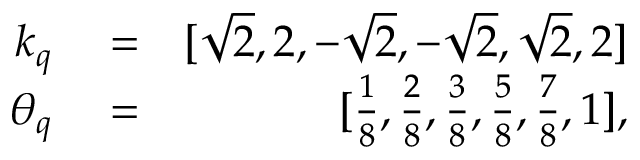
\begin{array} { r l r } { k _ { q } } & { { } = } & { [ \sqrt { 2 } , 2 , - \sqrt { 2 } , - \sqrt { 2 } , \sqrt { 2 } , 2 ] } \\ { \theta _ { q } } & { { } = } & { [ \frac { 1 } { 8 } , \frac { 2 } { 8 } , \frac { 3 } { 8 } , \frac { 5 } { 8 } , \frac { 7 } { 8 } , 1 ] , } \end{array}